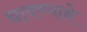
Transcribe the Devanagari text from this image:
चावण्याने